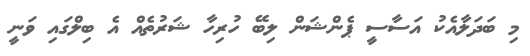
މި ބަދަލާއެކު އަސާސީ ޕެންޝަން ލިބޭ ހުރިހާ ޝަރުތެއް އެ ބިލްގައި ވަނީ